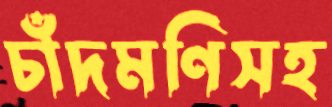
চাঁদমণিসহ